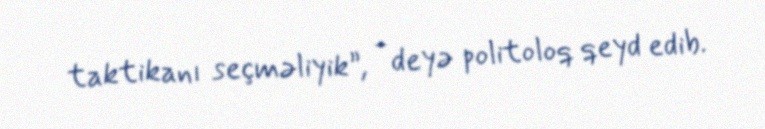
taktikanı seçməliyik”, - deyə politoloq qeyd edib.